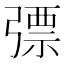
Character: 𢐕